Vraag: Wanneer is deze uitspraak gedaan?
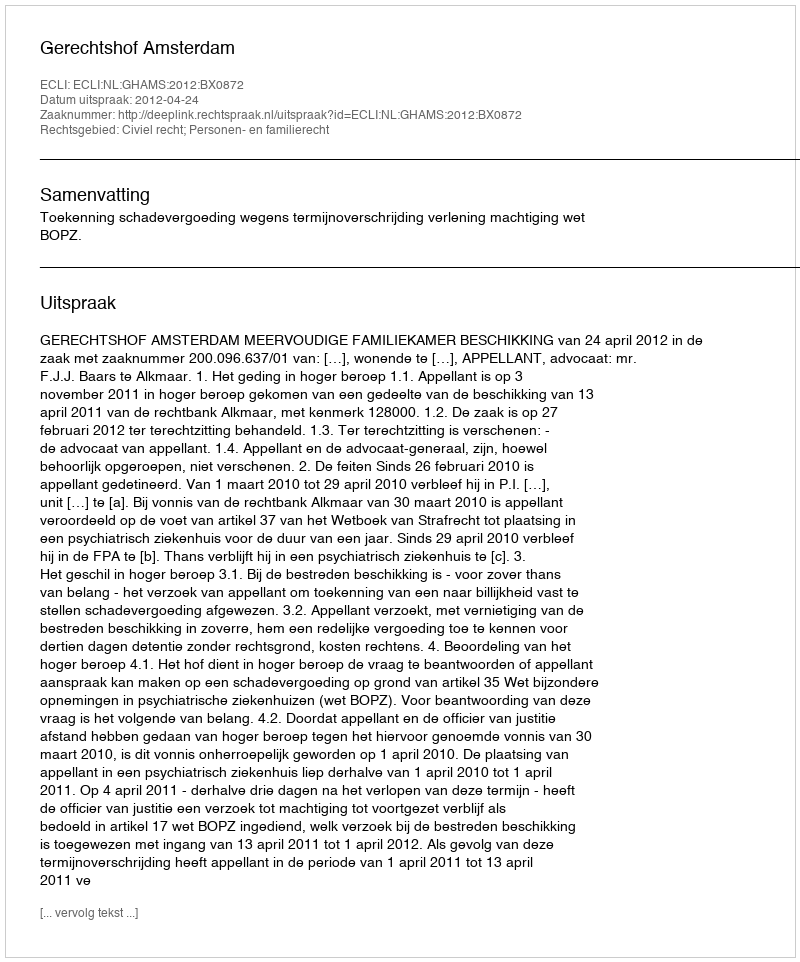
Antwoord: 2012-04-24